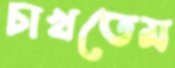
চাখতেম